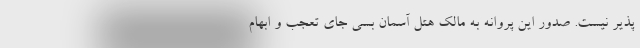
پذیر نیست. صدور این پروانه به مالک هتل آسمان بسی جای تعجب و ابهام